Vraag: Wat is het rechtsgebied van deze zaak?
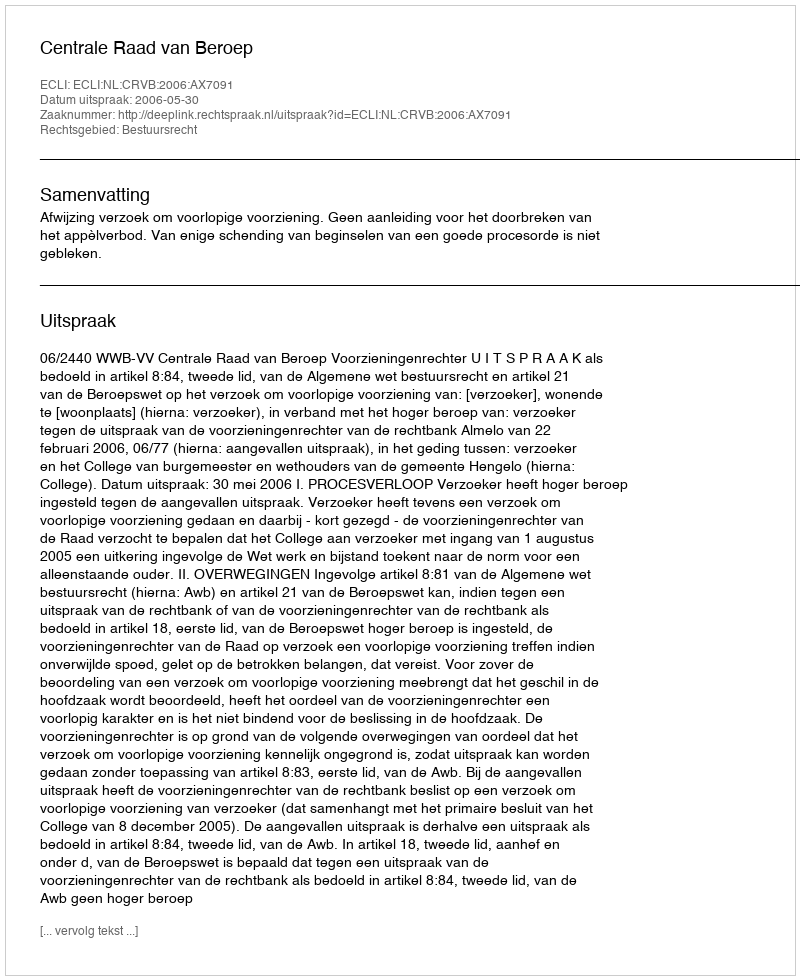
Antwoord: Bestuursrecht